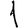
Digit: 1